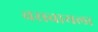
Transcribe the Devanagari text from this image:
वसवायला